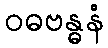
ဝဓဗန္ဓနံ